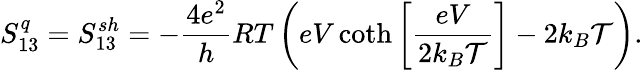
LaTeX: S_{13}^{q}={S_{13}^{sh}}=-\frac{4e^{2}}{h}RT\left(eV\coth\left[\frac{eV}{2k_{B}\mathcal{T}}\right]-2k_{B}\mathcal{T}\right).